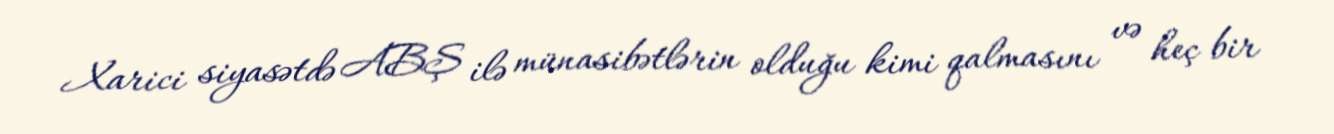
Xarici siyasətdə ABŞ ilə münasibətlərin olduğu kimi qalmasını və heç bir